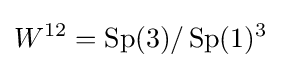
W^{12}=\operatorname {Sp} (3)/\operatorname {Sp} (1)^{3}